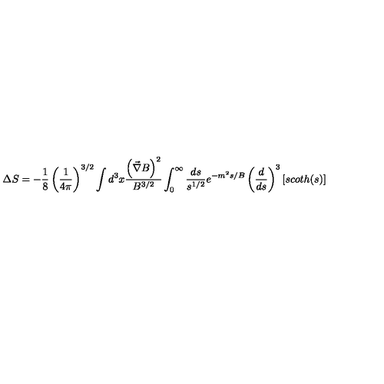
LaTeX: \Delta S = - \frac { 1 } { 8 } \left( { \frac { 1 } { 4 \pi } } \right) ^ { 3 / 2 } \int d ^ { 3 } x { \frac { \left( \vec { \nabla } B \right) ^ { 2 } } { B ^ { 3 / 2 } } } \int _ { 0 } ^ { \infty } { \frac { d s } { s ^ { 1 / 2 } } } e ^ { - m ^ { 2 } s / B } \left( { \frac { d } { d s } } \right) ^ { 3 } \left[ s c o t h ( s ) \right]